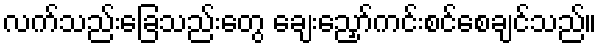
လက်သည်းခြေသည်းတွေ ချေးညှော်ကင်းစင်စေချင်သည်။